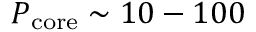
P _ { \mathrm { c o r e } } \sim 1 0 - 1 0 0